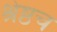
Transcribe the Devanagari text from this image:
श्रेष्ठच